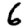
Digit: 6